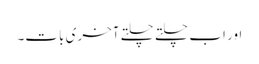
اور اب چلتے چلتے آخری بات۔